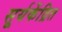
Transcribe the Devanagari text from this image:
सूर्यकेंद्रित